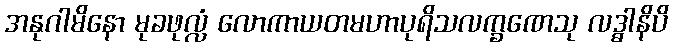
အနုဂါမိနော မုခဖုလ္လံ လောကာယတမဟာပုရိသလက္ခဏေသု လဒ္ဓါနိပိ